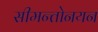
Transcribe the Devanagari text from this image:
सीमन्तोनयन